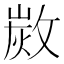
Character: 𢾡